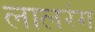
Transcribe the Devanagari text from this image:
लालरंग